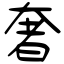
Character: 奢